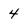
Character: 4